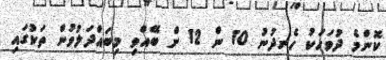
ކޮންމެ ދުވަހަކު ހެނދުނު 10 ން 12 ށް ބޭއްވި މިބައްދަލުވުން ތަކުގައި